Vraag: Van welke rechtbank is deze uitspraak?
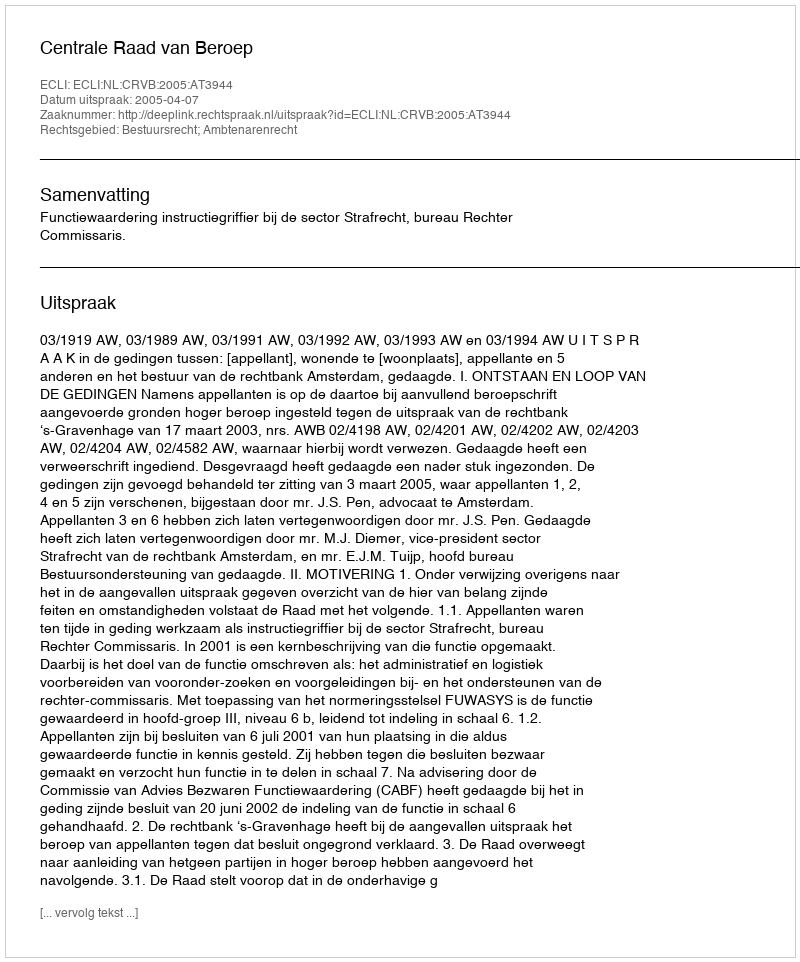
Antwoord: Centrale Raad van Beroep